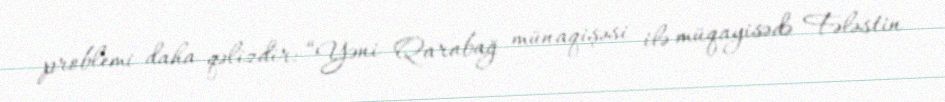
problemi daha qəlizdir: “Yəni Qarabağ münaqişəsi ilə müqayisədə Fələstin